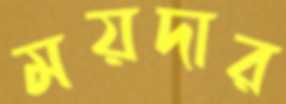
ময়দার